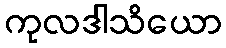
ကုလဒါသိယော